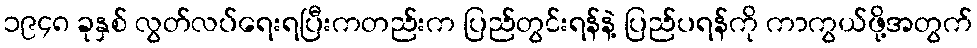
၁၉၄၈ ခုနှစ် လွတ်လပ်ရေးရပြီးကတည်းက ပြည်တွင်းရန်နဲ့ ပြည်ပရန်ကို ကာကွယ်ဖို့အတွက်